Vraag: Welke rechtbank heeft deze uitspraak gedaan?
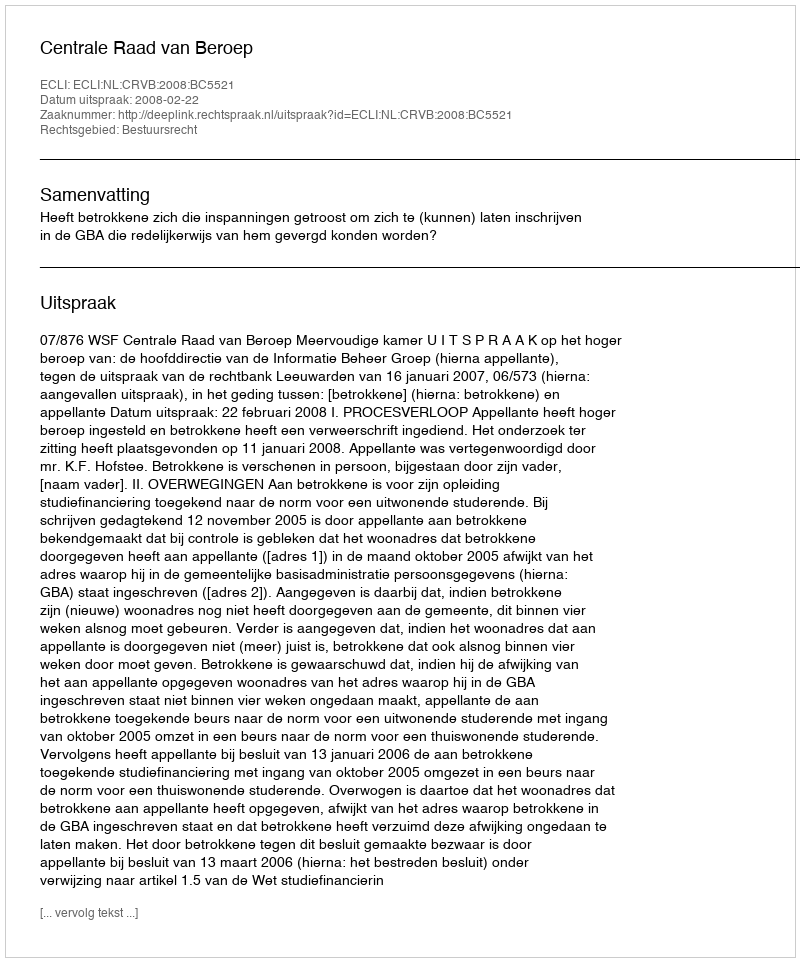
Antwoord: Centrale Raad van Beroep